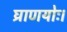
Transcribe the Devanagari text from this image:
घ्राणयोः।